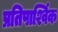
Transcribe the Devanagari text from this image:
प्रतिपार्श्विक